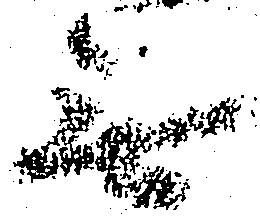
無